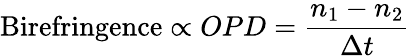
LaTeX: \textnormal{Birefringence}\propto OPD=\frac{n_{1}-n_{2}}{\Delta t}